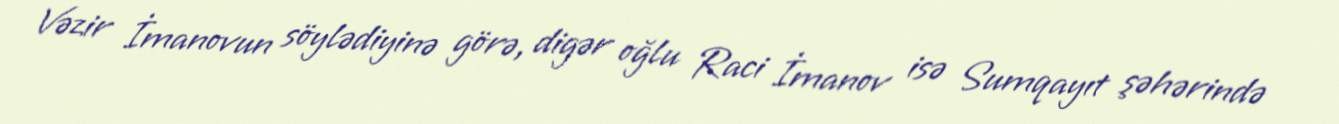
Vəzir İmanovun söylədiyinə görə, digər oğlu Raci İmanov isə Sumqayıt şəhərində